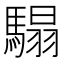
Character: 𩥑